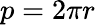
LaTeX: p=2\pi r